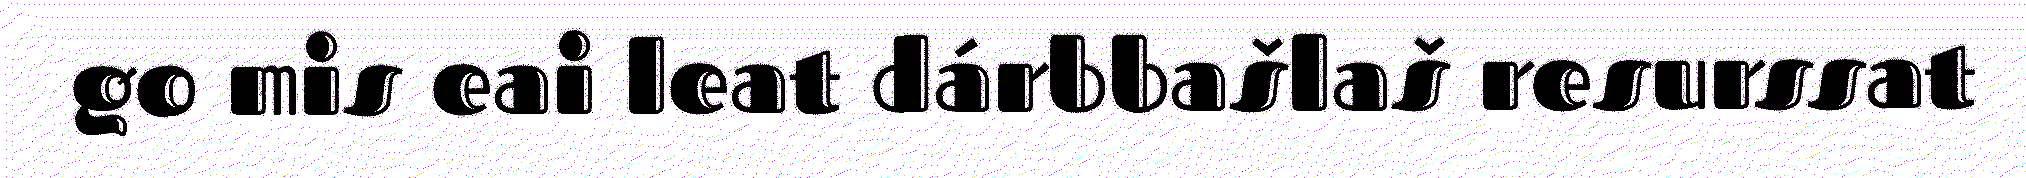
go mis eai leat dárbbašlaš resurssat